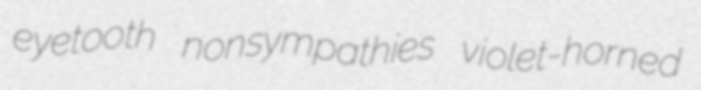
eyetooth nonsympathies violet-horned